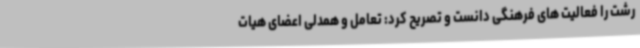
رشت را فعالیت های فرهنگی دانست و تصریح کرد: تعامل و همدلی اعضای هیات